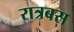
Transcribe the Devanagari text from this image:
रात्रबस